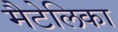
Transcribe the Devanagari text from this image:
मैटेलिका